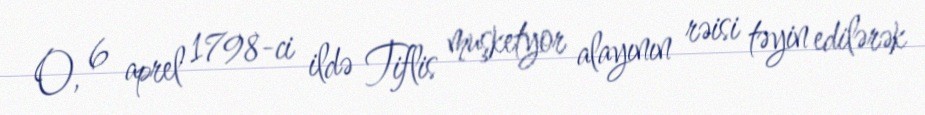
O, 6 aprel 1798-ci ildə Tiflis muşketyor alayının rəisi təyin edilərək